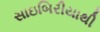
સાઇબિરીયાથી